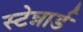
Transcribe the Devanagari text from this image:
स्टेन्नार्ड